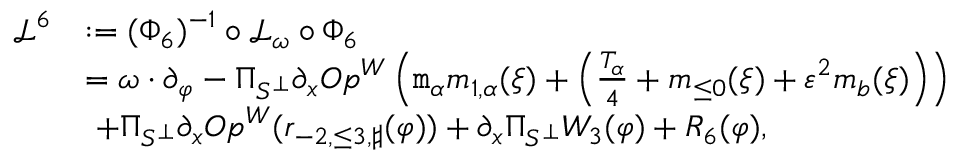
\begin{array} { r l } { \mathcal { L } ^ { 6 } } & { : = ( \Phi _ { 6 } ) ^ { - 1 } \circ \mathcal { L } _ { \omega } \circ \Phi _ { 6 } } \\ & { = \omega \cdot \partial _ { \varphi } - \Pi _ { S ^ { \perp } } \partial _ { x } O p ^ { W } \left( \mathtt { m } _ { \alpha } m _ { 1 , \alpha } ( \xi ) + \left( \frac { T _ { \alpha } } 4 + \mathfrak { m } _ { \le 0 } ( \xi ) + \varepsilon ^ { 2 } \mathfrak { m } _ { \mathfrak { b } } ( \xi ) \right) \right) } \\ & { \ + \Pi _ { S ^ { \perp } } \partial _ { x } O p ^ { W } ( \mathfrak { r } _ { - 2 , \le 3 , \sharp } ( \varphi ) ) + \partial _ { x } \Pi _ { S ^ { \perp } } W _ { 3 } ( \varphi ) + R _ { 6 } ( \varphi ) , } \end{array}